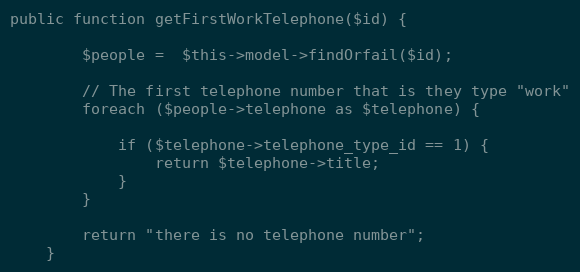
Language: PHP
public function getFirstWorkTelephone($id) {

        $people =  $this->model->findOrfail($id);

        // The first telephone number that is they type "work"
        foreach ($people->telephone as $telephone) {

            if ($telephone->telephone_type_id == 1) {
                return $telephone->title;
            }
        }

        return "there is no telephone number";
    }